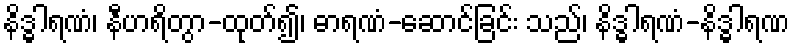
နိဒ္ဓါရဏံ၊ နီဟရိတွာ-ထုတ်၍၊ ဓာရဏံ-ဆောင်ခြင်း သည်၊ နိဒ္ဓါရဏံ-နိဒ္ဓါရဏ